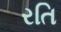
રતિ